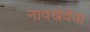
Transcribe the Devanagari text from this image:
नावखेवैया